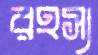
রহস্য